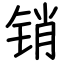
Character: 销